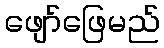
ဖျော်ဖြေမည်